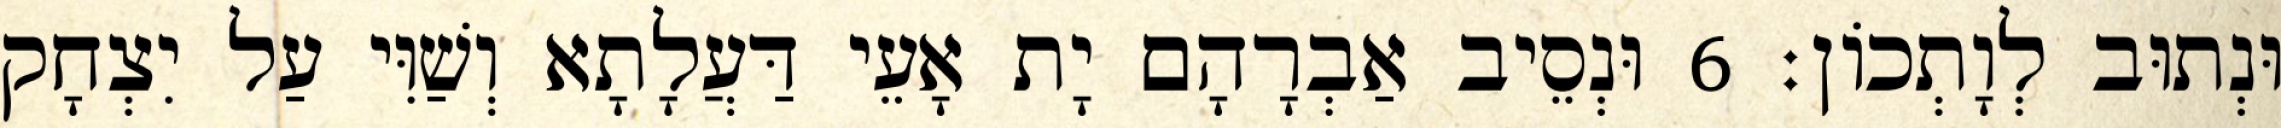
וּנְתוּב לְוָתְכוֹן׃ 6 וּנְסֵיב אַבְרָהָם יָת אָעֵי דַּעֲלָתָא וְשַׁוִּי עַל יִצְחָק